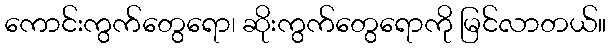
ကောင်းကွက်တွေရော၊ ဆိုးကွက်တွေရောကို မြင်လာတယ်။